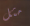
مثل